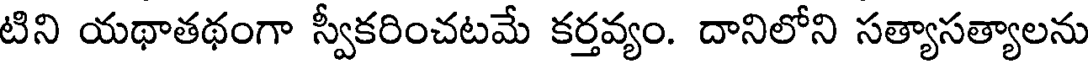
టిని యథాతథంగా స్వీకరించటమే కర్తవ్యం. దానిలోని సత్యాసత్యాలను